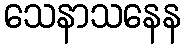
သေနာသနေန